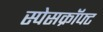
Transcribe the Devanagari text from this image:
स्पेसक्रॉफ्ट